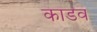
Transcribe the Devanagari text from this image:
काडव